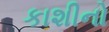
કાશીનો